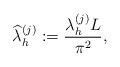
LaTeX: \begin{align*}\widehat{\lambda}_{h}^{(j)}:=\frac{\lambda_{h}^{(j)} L}{\pi^2},\end{align*}